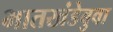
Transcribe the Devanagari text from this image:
भातखंडेबुवा